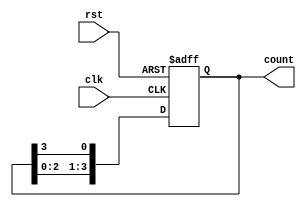
module ring_counter (
    input wire clk,              // Clock input
    input wire rst,              // Asynchronous reset input
    output reg [3:0] count       // 4-bit output representing the current state
);

    // Initial state is set to 1000
    initial begin
        count = 4'b1000;         // Initialize counter to 1000
    end

    // Always block triggered on rising edge of clock or reset
    always @(posedge clk or posedge rst) begin
        if (rst) begin
            count <= 4'b1000;     // Reset counter to initial state
        end else begin
            // Shift the '1' to the left, wrapping around
            count <= {count[2:0], count[3]};
        end
    end
endmodule